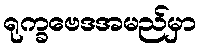
ရုက္ခဗေဒအမည်မှာ